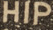
HIP